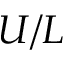
U / L